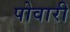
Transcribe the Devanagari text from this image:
पोवारी